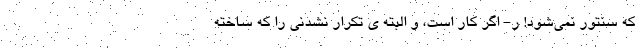
که سنتور نمی‌شود! ر- اگر کار است، و البته ی تکرار نشدنی را که ساخته